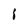
Character: I